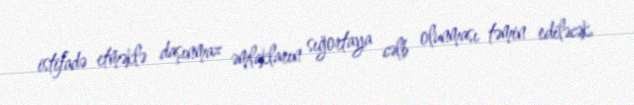
istifadə etməklə daşınmaz əmlakların sığortaya cəlb olunması təmin ediləcək.